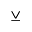
\veebar